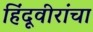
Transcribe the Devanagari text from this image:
हिंदूवीरांचा